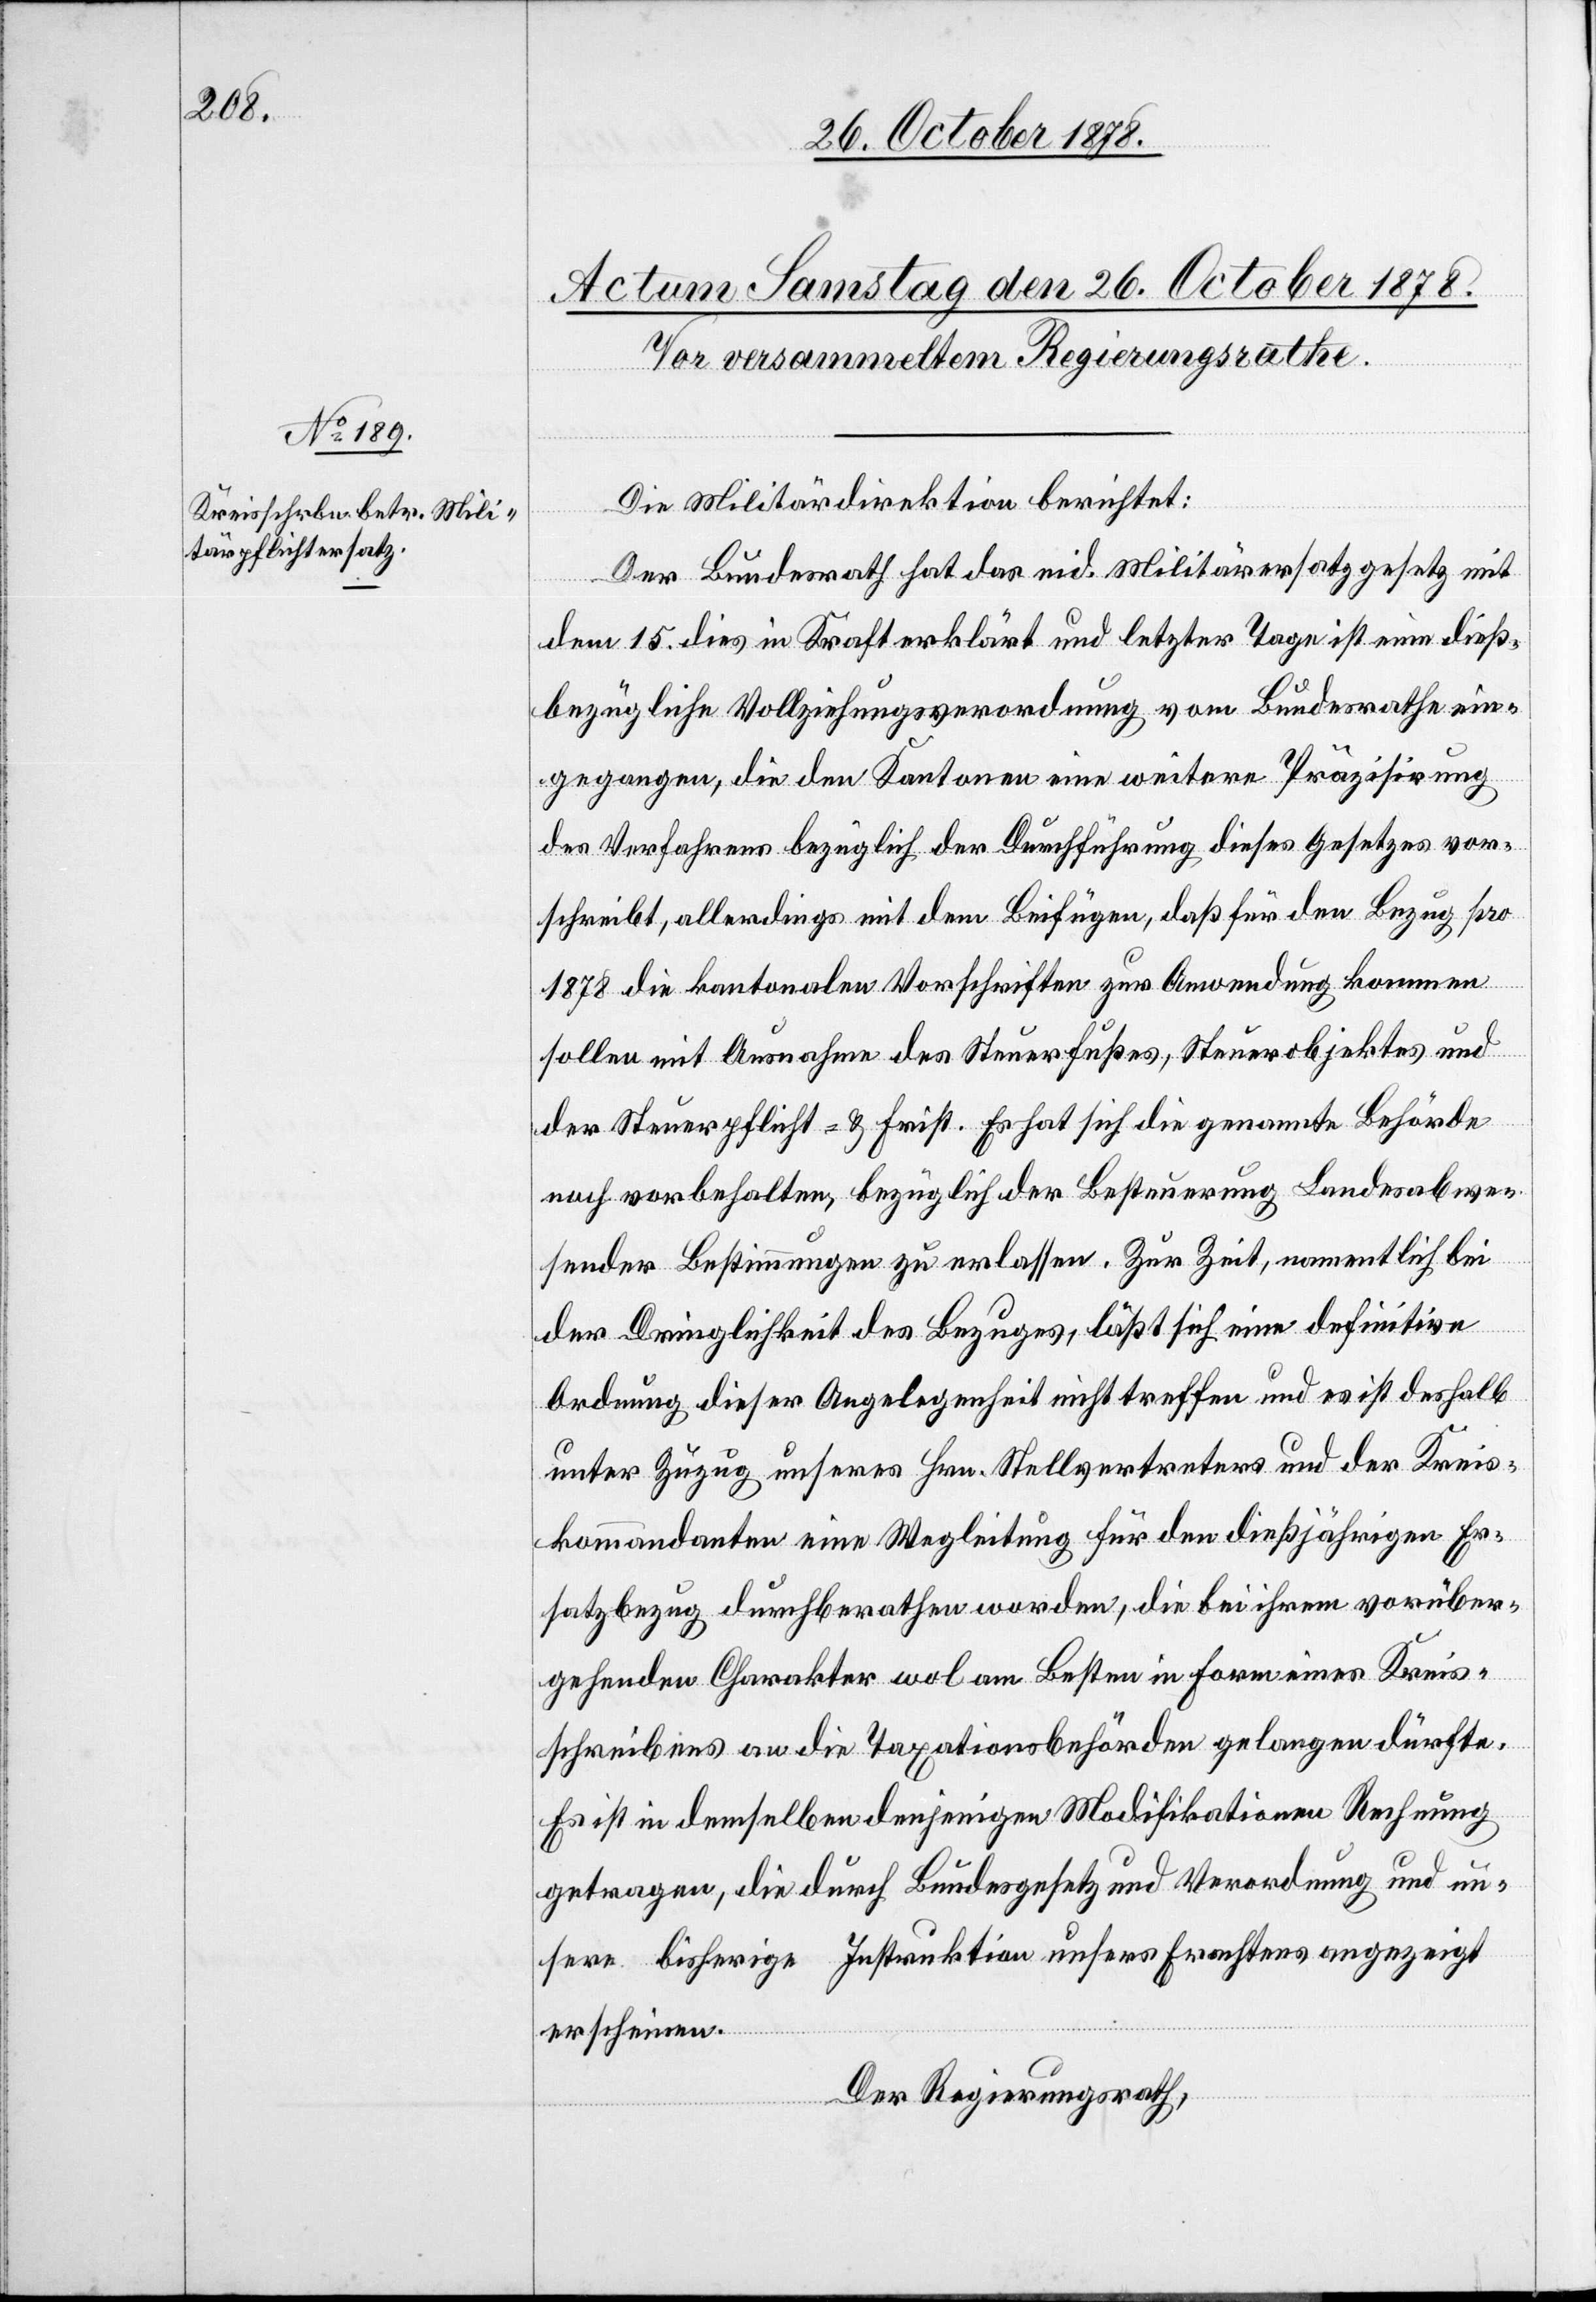
Die Militärdirektion berichtet:
Der Bundesrath hat das eid. Militärersatzgesetz mit
dem 15. dies in Kraft erklärt und letzter Tage ist eine dieß¬
bezügliche Vollziehungsverordnung vom Bundesrathe ein¬
gegangen, die den Kantonen eine weitere Präzisirung
des Verfahrens bezüglich der Durchführung dieses Gesetzes vor¬
schreibt, allerdings mit dem Beifügen, daß für den Bezug pro
1878 die kantonalen Vorschriften zur Anwendung kommen
sollen mit Ausnahmen des Steuerfußes, Steuerobjektes und
der Steuerpflicht- & Frist. Es hat sich die genannte Behörde
noch vorbehalten, bezüglich der Besteuerung Landesabwe¬
sender Bestimmungen zu erlassen. Zur Zeit, namentlich bei
der Dringlichkeit des Bezuges, läßt sich eine definitive
Ordnung dieser Angelegenheit nicht treffen und es ist deshalb
unter Zuzug unseres Hrn. Stellvertreter und der Kreis¬
kommandanten eine Wegleitung für den dießjährigen Er¬
satzbezug durchberathen worden, die bei ihrem vorüber¬
gehenden Charakter wol am Besten in Form eines Kreis¬
schreibens an die Taxationsbehörden gelangen dürfte.
Es ist in demselben denjenigen Modifikationen Rechnung
getragen, die durch Bundesgesetz und Verordnung und un¬
sere bisherige Instruktion unseres Erachtens angezeigt
erscheinen.
Der Regierungsrath,